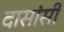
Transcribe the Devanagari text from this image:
दासांसी